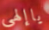
ياإلهى